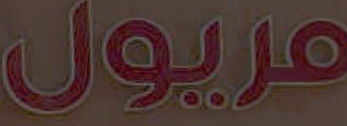
مريول